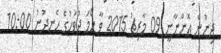
ދިނުން އޮންނާނީ 09 މާރިޗު 2015 ވާ ހޯމަ ދުވަހުގެ ހެނދުނު 10:00